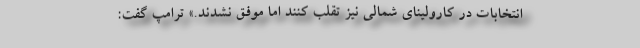
انتخابات در کارولینای شمالی نیز تقلب کنند اما موفق نشدند.» ترامپ گفت: